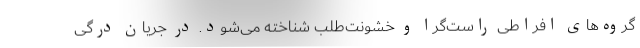
گروه‌های افراطی راست‌گرا و خشونت‌طلب شناخته می‌شود. در جریان درگی